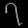
Digit: ၇